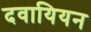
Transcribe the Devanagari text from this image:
दवायियन